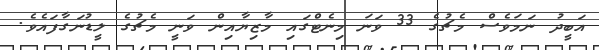
އަބީދު ނަމަވެސް މެޗުގެ 33 ވަނަ މިނެޓްގައި މާޒިޔާއިން ވަނީ މެޗުގެ ލީޑުނަގާފައެވެ.